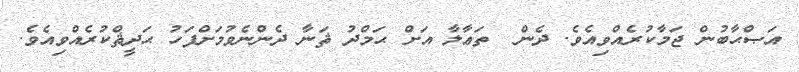
އަޞްޙާބުން ޖަމާކުރެއްވިއެވެ. ދެން  ތަޢާލާ އަށް ޙަމްދު ޘަނާ ދެންނެވުމަށްފަހު ޙަދީޘްކުރެއްވިއެވެ.